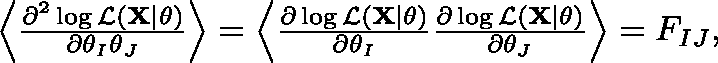
\begin{array} { r } { \left< \frac { \partial ^ { 2 } \log \mathcal { L } ( \mathbf { X } | \mathbf { \theta } ) } { \partial \theta _ { I } \theta _ { J } } \right> = \left< \frac { \partial \log \mathcal { L } ( \mathbf { X } | \mathbf { \theta } ) } { \partial \theta _ { I } } \frac { \partial \log \mathcal { L } ( \mathbf { X } | \mathbf { \theta } ) } { \partial \theta _ { J } } \right> = F _ { I J } , } \end{array}